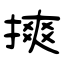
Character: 摤